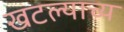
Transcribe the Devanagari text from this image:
खटल्याच्य